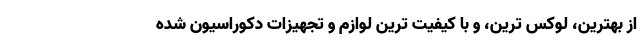
از بهترین، لوکس ترین، و با کیفیت ترین لوازم و تجهیزات دکوراسیون شده